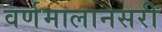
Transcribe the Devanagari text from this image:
वर्णमालानसरी